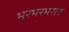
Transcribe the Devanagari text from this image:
भरभरभराट